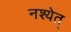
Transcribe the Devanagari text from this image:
नश्येत्